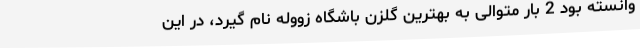
وانسته بود 2 بار متوالی به بهترین گلزن باشگاه زووله نام گیرد، در این